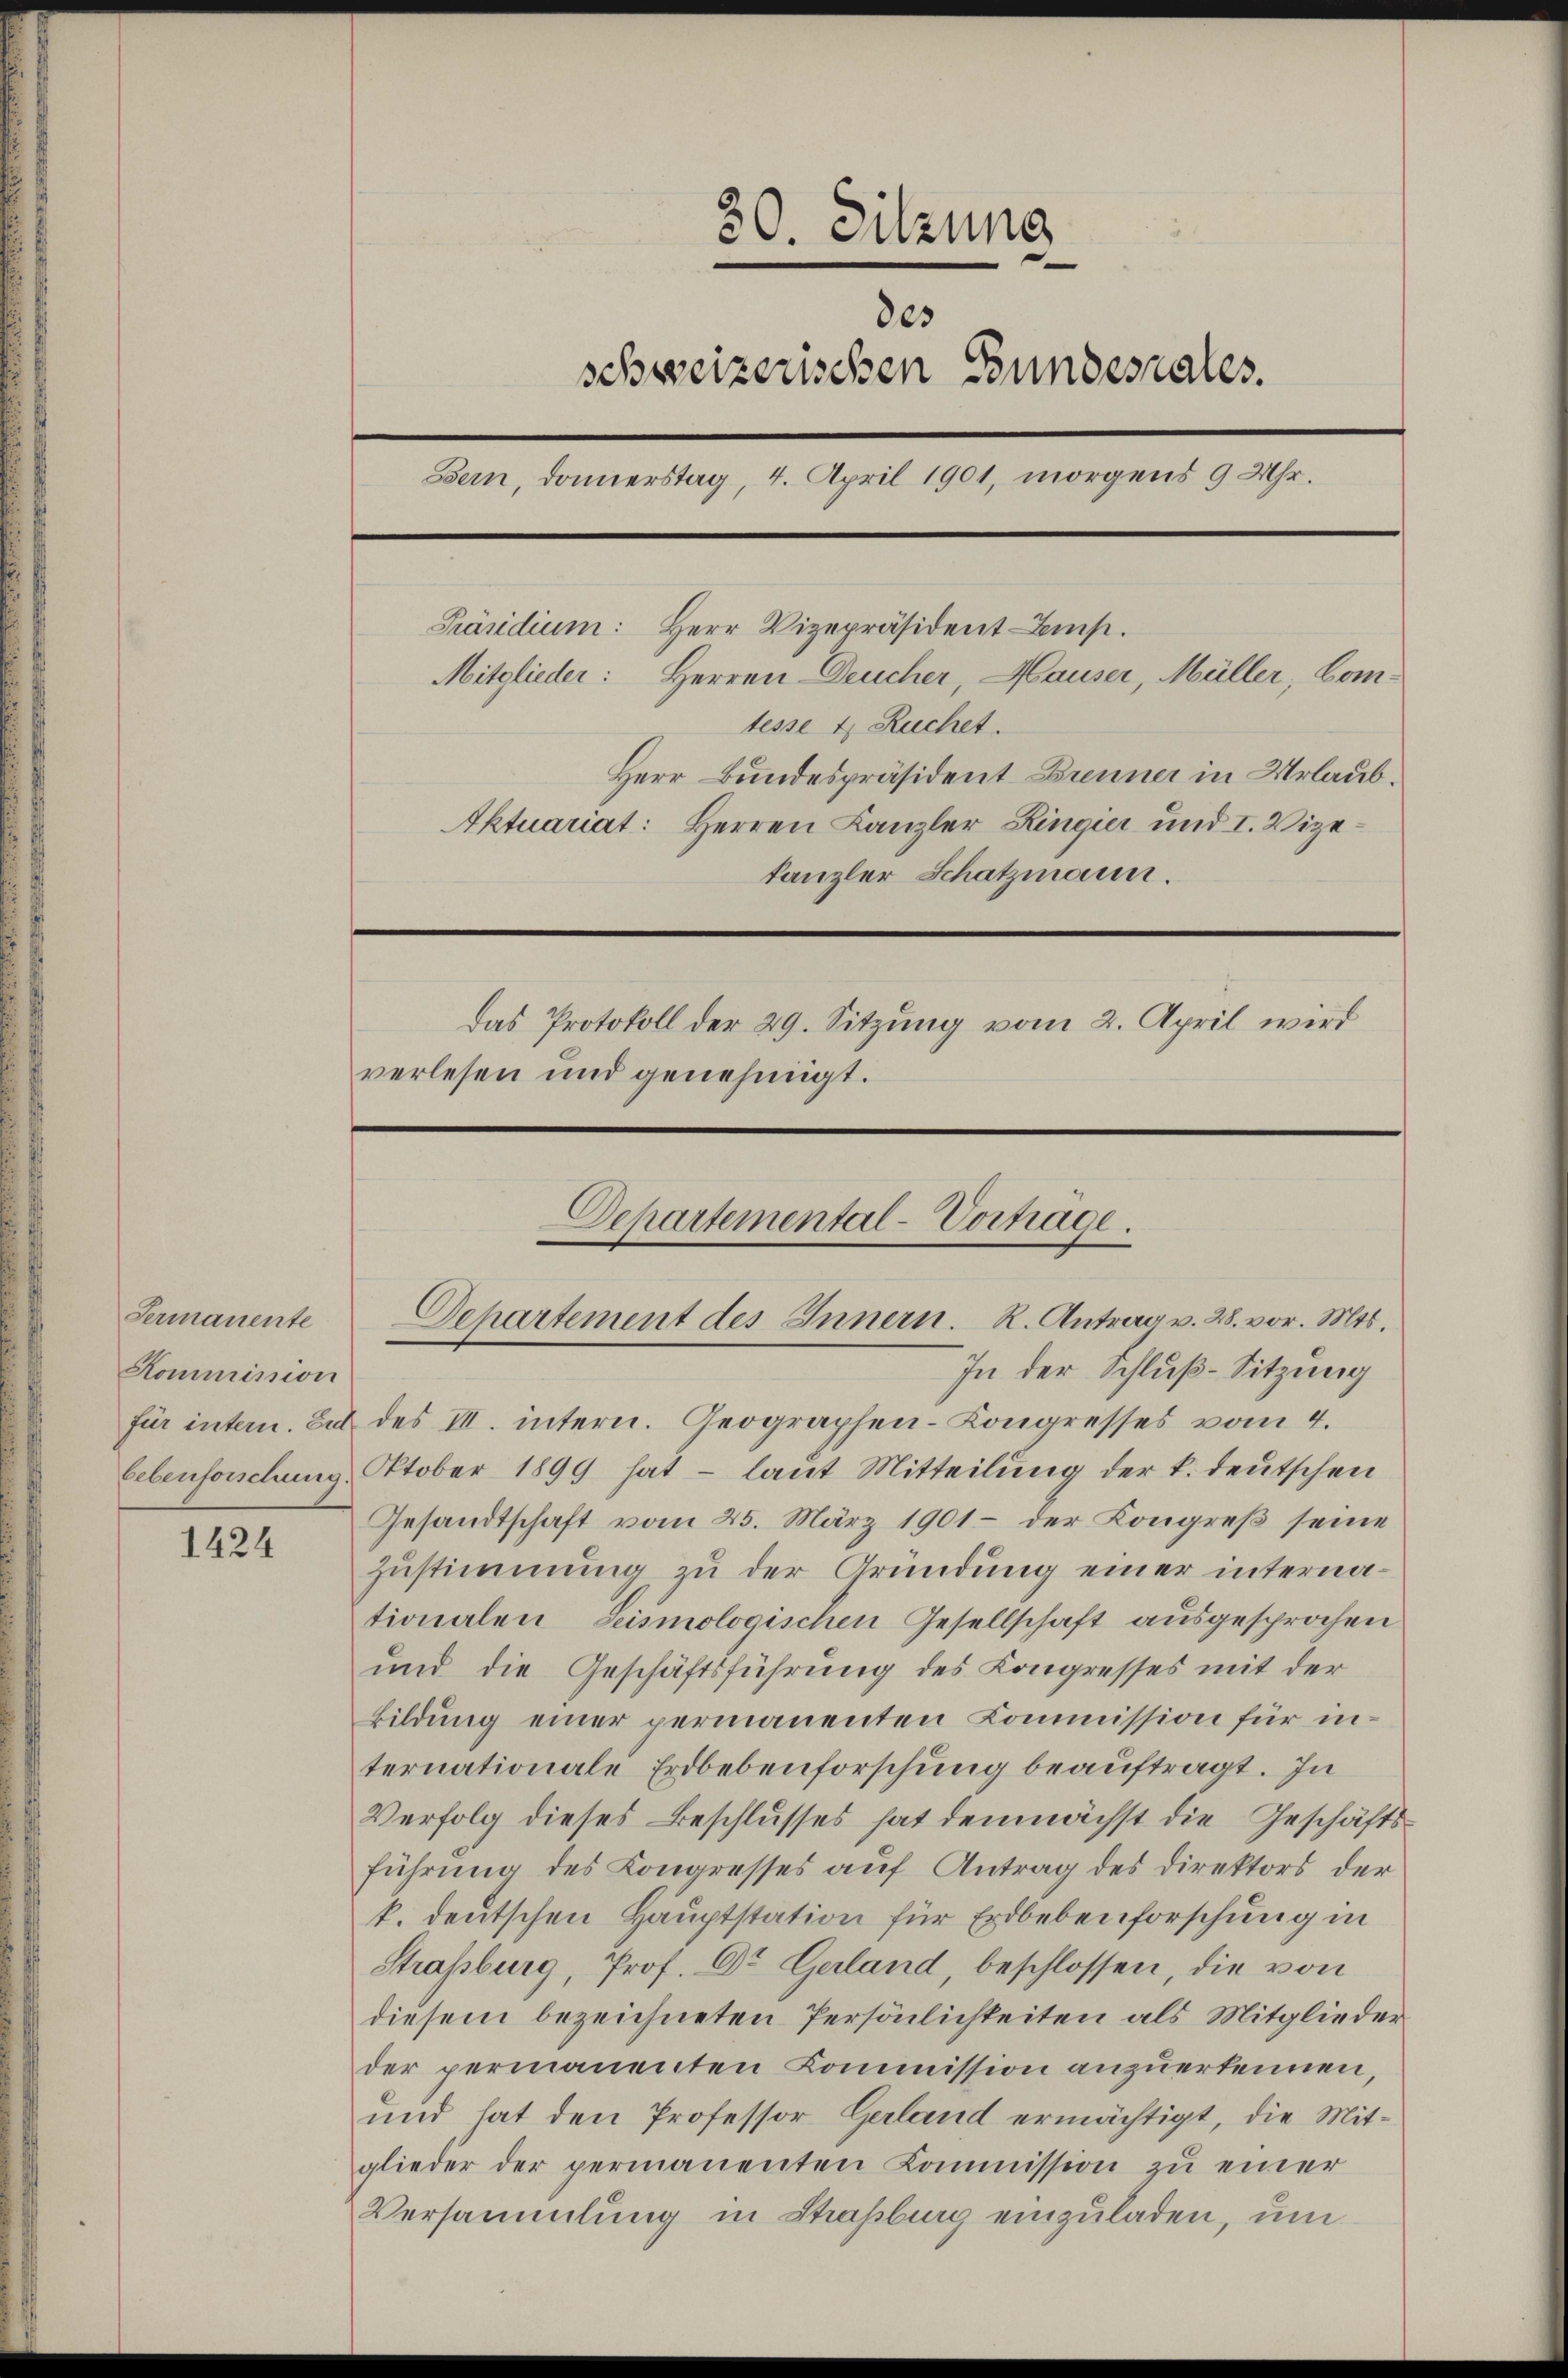
Sermanente
Kommission

1424

2
ct. Sitzung
des
schweizerischen Bundesrates.
Bern, Donnerstag, 4. April 1901, morgens 9 Uhr.
Präsidium: Herr Vizepräsident-Ams.
Mitglieder: Herren Deucher, Hauser, Müller, Comtesse 4 Ruchet.
Herr Bundespräsident Brenner in Urlaub¬
Aktuariat: Herren Kanzler Ringier und I. Vizetanzler Schatzmann.
Das Protokoll der 29. Sitzung vom 2. April wird
verlesen und genehmigt.
Departemental-Vortrage.
Departement des Innern. R. Antrag v. 28. vor. Mts.

In der Schluß-Sitzung
für intern. Zu des III. intern. Geographen-Congresses vom 4.
lebenforschung. Oktober 1899 hat - laut Mitteilung der k. deutschen
Gesandtschaft vom 25. März 1901 - der Kongreß seine
Zustimmung zu der Gründung einer internationalen Seismologischen Gesellschaft ausgesprochen
und die Geschäftsführung des Kongresses mit der
Bildung einer permanenten Commission für internationale Erdbebenforschung beauftragt. In
Verfolg dieses Beschlusses hat demnächst die Geschäftsführung des Kongresses auf Antrag des Direktors der
k. deutschen Hauptstation für Erdbebenforschung in
Straßburg, Prof. Dr Gerland, beschlossen, die von
diesem bezeichneten Persönlichkeiten als Mitglieder
der permanenten Commission anzuerkennen,
und hat den Professor Gerland ermächtigt, die Mitglieder der permanenten Kommission zu einer
Versammlung in Straßburg einzuladen, um